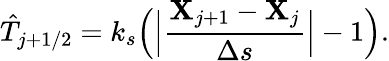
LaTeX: \hat{T}_{j+1/2}=k_{s}\Big(\Big|\frac{{\mathbf{X}}_{j+1}-{\mathbf{X}}_{j}}{\Delta s}\Big|-1\Big).